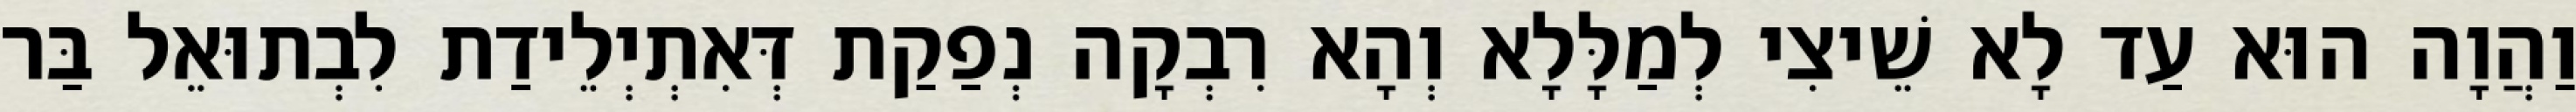
וַהֲוָה הוּא עַד לָא שֵׁיצִי לְמַלָּלָא וְהָא רִבְקָה נְפַקַת דְּאִתְיְלֵידַת לִבְתוּאֵל בַּר